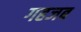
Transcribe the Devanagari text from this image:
गहजब